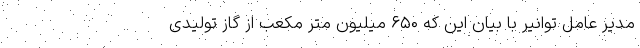
مدیر عامل توانیر با بیان این که ۶۵۰ میلیون متر مکعب از گاز تولیدی